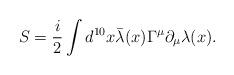
LaTeX: \begin{align*}S=\frac{i}{2} \int d^{10}x \bar{\lambda}(x)\Gamma^{\mu}\partial_{\mu}\lambda(x).\end{align*}